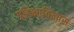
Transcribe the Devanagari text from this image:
प्रतिभाविलास